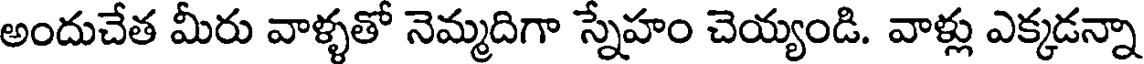
అందుచేత మీరు వాళ్ళతో నెమ్మదిగా స్నేహం చెయ్యండి. వాళ్లు ఎక్కడన్నా